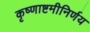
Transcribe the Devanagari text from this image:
कृष्णाष्टमीनिर्णय